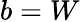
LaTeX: b=W